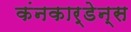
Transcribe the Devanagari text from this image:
कंनकार्डेन्स